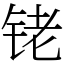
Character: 铑